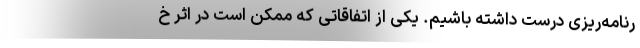
رنامه‌ریزی درست داشته باشیم. یکی از اتفاقاتی که ممکن است در اثر خ